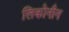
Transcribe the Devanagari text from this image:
लिकोनीन